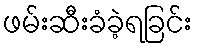
ဖမ်းဆီးခံခဲ့ရခြင်း